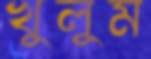
খুলুম